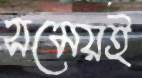
সমেয়ই